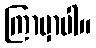
ကြာမှာပါ။